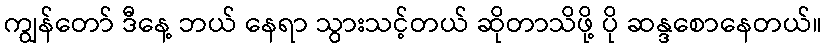
ကျွန်တော် ဒီနေ့ ဘယ် နေရာ သွားသင့်တယ် ဆိုတာသိဖို့ ပို ဆန္ဒစောနေတယ်။